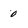
Character: 0